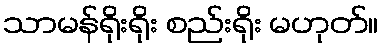
သာမန်ရိုးရိုး စည်းရိုး မဟုတ်။